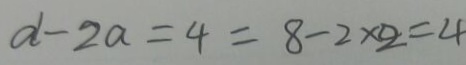
d - 2 a = 4 = 8 - 2 \times 2 = 4